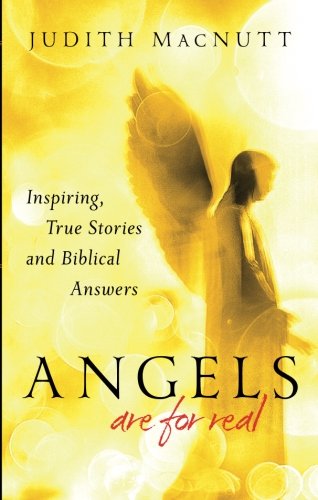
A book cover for Angels Are for Real: Inspiring, True Stories and Biblical Answers; Judith MacNutt; Christian Books & Bibles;